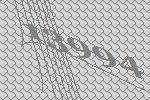
13994